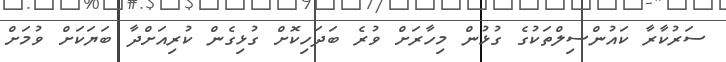
ސަރުކާރާ ކައުންސިލްތަކުގެ ގުޅުން މިހާރަށް ވުރެ ބަދަހިކޮށް ގުޅިގެން ކުރިއަށްދާ ބަޔަކަށް ވުމަށް